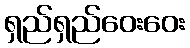
ရှည်ရှည်ဝေးဝေး